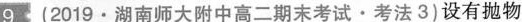
9(2019·湖南师大附中高二期末考试·考法3)设有抛物